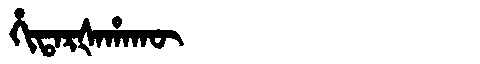
Manchu: ᡥᡳᡨᠠᡵᡧᠠᡥᠠᡴᡡ
Romanization: HITARŠAHAKŪ